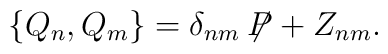
\{ Q_n, Q_m \} = \delta_{nm} \not\!\! P + Z_{nm} .